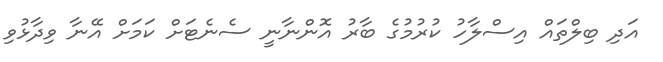
އަދި ބިލްތައް އިސްލާހު ކުރުމުގެ ބާރު އޮންނާނީ ސެނެޓަށް ކަމަށް އޭނާ ވިދާޅުވި